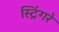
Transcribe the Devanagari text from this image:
स्ट्रिंगरे